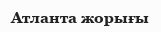
Атланта жорығы